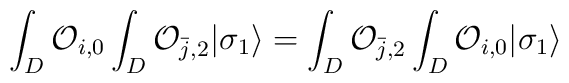
\int_{D} {\cal O}_{i,0} \int_{D} {\cal O}_{{\bar j},2}| \sigma_{1} \rangle = \int_{D} {\cal O}_{{\bar j},2}\int_{D} {\cal O}_{i,0} | \sigma_{1} \rangle \\